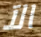
الآ